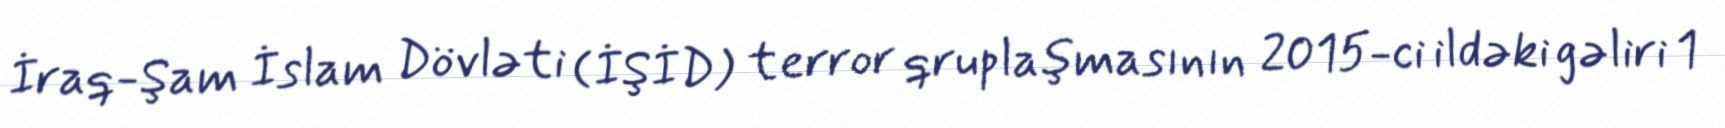
İraq-Şam İslam Dövləti (İŞİD) terror qruplaşmasının 2015-ci ildəki gəliri 1